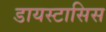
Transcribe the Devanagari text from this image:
डायस्टासिस